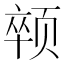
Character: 𱂯